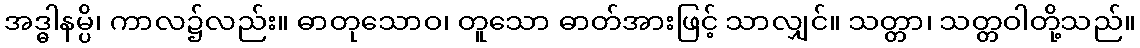
အဒ္ဓါနမ္ပိ၊ ကာလ၌လည်း။ ဓာတုသောဝ၊ တူသော ဓာတ်အားဖြင့် သာလျှင်။ သတ္တာ၊ သတ္တဝါတို့သည်။